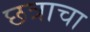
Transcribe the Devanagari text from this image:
छत्राचा